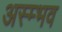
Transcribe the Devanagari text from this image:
अस्म्भव